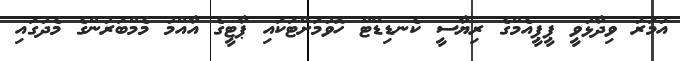
އުމަރު ވިދާޅުވީ ޕީޕީއެމްގެ ރިޔާސީ ކެނޑިޑޭޓް ހޮވުމަށްޓަކައި ޕާޓީގެ އާއްމު މެމްބަރުންގެ މެދުގައި